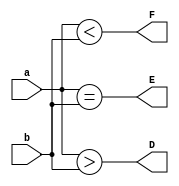
`timescale 1ns / 1ps
//////////////////////////////////////////////////////////////////////////////////
// Company: 
// Engineer: 
// 
// Design Name: 
// Module Name: fourbitcomparator
// Project Name: 
// Target Devices: 
// Tool Versions: 
// Description: 
// 
// Dependencies: 
// 
// Revision:
// Revision 0.01 - File Created
// Additional Comments:
// 
//////////////////////////////////////////////////////////////////////////////////




module fourbitcomparator(D,E,F,a,b);
input [3:0] a,b;
output reg D,E,F;
always @ (*)begin
 D= (a>b);//A>B
 E= (a==b);//A==B
 F= (a<b);//A<B
 end
endmodule